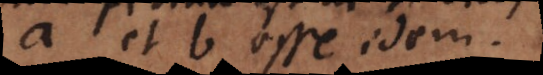
a et b idem.